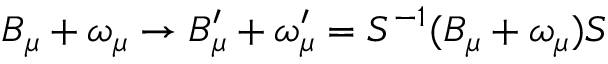
B _ { \mu } + \omega _ { \mu } \rightarrow B _ { \mu } ^ { \prime } + \omega _ { \mu } ^ { \prime } = S ^ { - 1 } ( B _ { \mu } + \omega _ { \mu } ) S